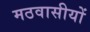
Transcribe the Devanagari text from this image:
मठवासीयों